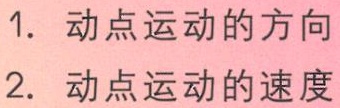
1. 动点运动的方向

2. 动点运动的速度